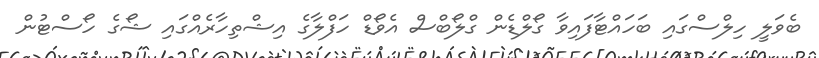
ބެވަލީ ހިލްސްގައި ބަހައްޓާފައިވާ ގޯލްޑެން ގްލޯބްސް އެވޯޑް ހަފްލާގެ އިޝްތިހާރެއްގައި ޝޯގެ ހޯސްޓުން